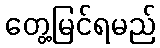
တွေ့မြင်ရမည်